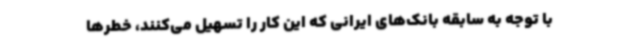
با توجه به سابقه بانک‌های ایرانی که این کار را تسهیل می‌کنند، خطرها